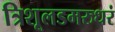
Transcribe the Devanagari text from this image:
त्रिशूलडमरुधरं